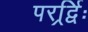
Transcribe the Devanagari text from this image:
परर्र्द्विः